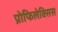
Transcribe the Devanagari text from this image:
प्रोफिलेक्सिस